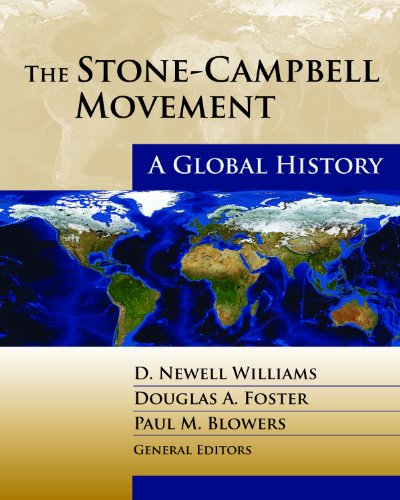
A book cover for The Stone-Campbell Movement: A Global History; Christian Books & Bibles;